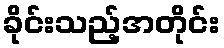
ခိုင်းသည့်အတိုင်း